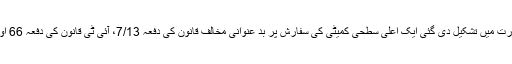
اس کے بعد اگست کے آخری ہفتے میں چیف سکریٹری راجیو کمار کی صدارت میں تشکیل دی گئی ایک اعلیٰ سطحی کمیٹی کی سفارش پر بد عنوانی مخالف قانون کی دفعہ 7/13، آئی ٹی قانون کی دفعہ 66 اور انڈین میڈیکل کاؤنسل قانون کی دفعہ 15 کو بھی چارج شیٹ میں جوڑا گیا۔